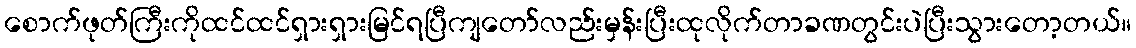
စောက်ဖုတ်ကြီးကိုထင်ထင်ရှားရှားမြင်ရပြီကျတော်လည်းမှန်းပြီးထုလိုက်တာခဏတွင်းပဲပြီးသွားတော့တယ်။